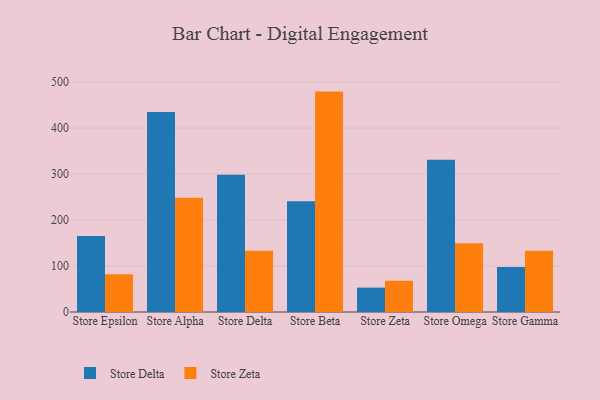
{"axis": {"x": "Store", "y": "Headcount"}, "legend": ["Store Delta", "Store Zeta"], "data": [{"x": "Store Epsilon", "y": 165.5, "type": "Store Delta"}, {"x": "Store Epsilon", "y": 82.3, "type": "Store Zeta"}, {"x": "Store Alpha", "y": 434.7, "type": "Store Delta"}, {"x": "Store Alpha", "y": 248.2, "type": "Store Zeta"}, {"x": "Store Delta", "y": 298.2, "type": "Store Delta"}, {"x": "Store Delta", "y": 133.1, "type": "Store Zeta"}, {"x": "Store Beta", "y": 240.9, "type": "Store Delta"}, {"x": "Store Beta", "y": 479.2, "type": "Store Zeta"}, {"x": "Store Zeta", "y": 53.0, "type": "Store Delta"}, {"x": "Store Zeta", "y": 67.9, "type": "Store Zeta"}, {"x": "Store Omega", "y": 331.1, "type": "Store Delta"}, {"x": "Store Omega", "y": 149.4, "type": "Store Zeta"}, {"x": "Store Gamma", "y": 97.9, "type": "Store Delta"}, {"x": "Store Gamma", "y": 133.2, "type": "Store Zeta"}]}